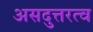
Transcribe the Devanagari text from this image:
असदुत्तरत्व